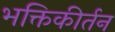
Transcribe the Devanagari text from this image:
भक्तिकीर्तन